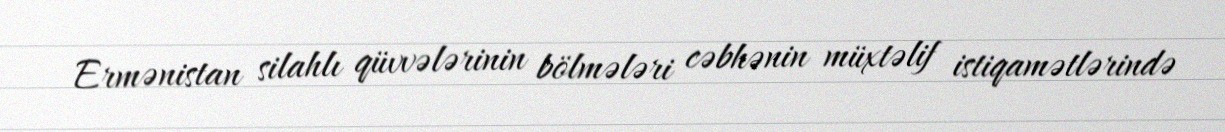
Ermənistan silahlı qüvvələrinin bölmələri cəbhənin müxtəlif istiqamətlərində